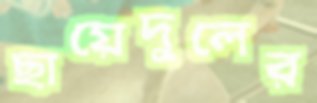
ছায়েদুলের